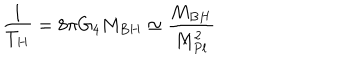
LaTeX: \frac { 1 } { T _ { H } } = 8 \pi G _ { 4 } M _ { B H } \simeq \frac { M _ { B H } } { M _ { P l } ^ { 2 } }